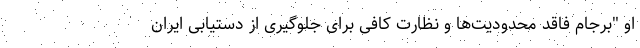
او "برجام فاقد محدودیت‌ها و نظارت کافی برای جلوگیری از دستیابی ایران